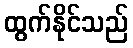
ထွက်နိုင်သည်